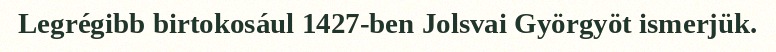
Legrégibb birtokosául 1427-ben Jolsvai Györgyöt ismerjük.